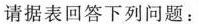
请据表回答下列问题：